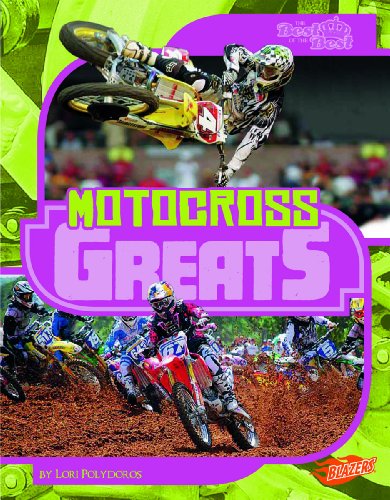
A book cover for Motocross Greats (The Best of the Best); Lori Polydoros; Children's Books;